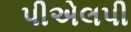
પીએલપી